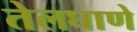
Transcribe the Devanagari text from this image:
तेलघाणे